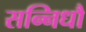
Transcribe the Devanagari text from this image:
सन्निधौ